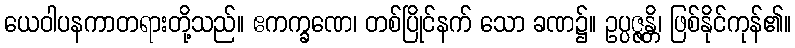
ယေဝါပနကာတရားတို့သည်။ ဧကက္ခဏေ၊ တစ်ပြိုင်နက် သော ခဏ၌။ ဥပ္ပဇ္ဇန္တိ၊ ဖြစ်နိုင်ကုန်၏။